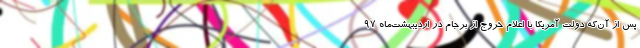
پس از آن‌که دولت آمریکا با اعلام خروج از برجام در اردیبهشت‌ماه 97